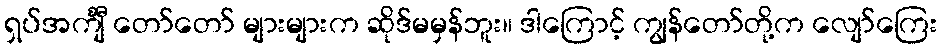
ရှပ်အင်္ကျီ တော်တော် များများက ဆိုဒ်မမှန်ဘူး။ ဒါကြောင့် ကျွန်တော်တို့က လျော်ကြေး